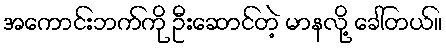
အကောင်းဘက်ကို ဦးဆောင်တဲ့ မာနလို့ ခေါ်တယ်။